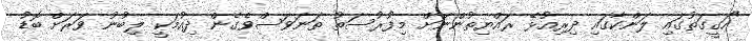
"ހަގީގަތުގައި ލަންކާގައި ދިރިއުޅޭ ރައްޔިތުންނަށް މިފުރުސަތު ތަނަވަސްވެގެން ދިއުމަކީ ލިބުނު ވަރަށް ބޮޑު